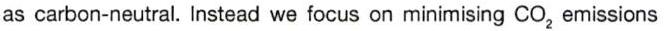
as carbon-neutral. Instead we focus on minimising CO2 emissions